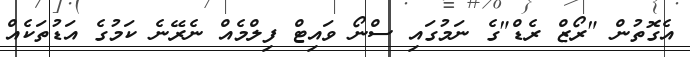
އެގޮތުން "ރޯޒް ރެޑް"ގެ ނަމުގައި ސްނޯ ވައިޓް ފިލްމެއް ނެރޭނެ ކަމުގެ އަޑުތަކެއް